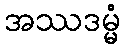
အဿဒမ္မံ